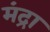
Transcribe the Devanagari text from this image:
मंद्रा